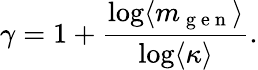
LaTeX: \gamma=1+\frac{\log\langle m_{\mathrm{~g~e~n~}}\rangle}{\log\langle\kappa\rangle}.